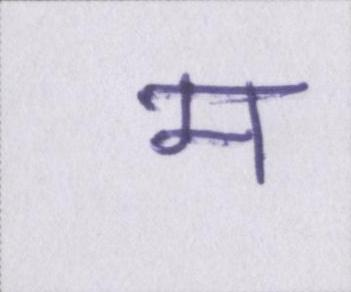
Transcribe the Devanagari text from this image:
म